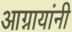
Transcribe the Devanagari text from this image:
आग्नायांनी